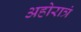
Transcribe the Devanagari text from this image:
अहोरात्रं